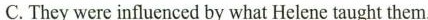
C. They were influenced by what Helene taught them.